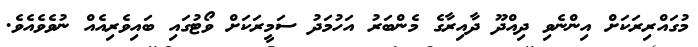
މުގައްރިރަކަށް އިންނެވި ދިއްދޫ ދާއިރާގެ މެންބަރު އަހުމަދު ސަމީރަކަށް ވޯޓުގައި ބައިވެރިއެއް ނުވެވެއެވެ.